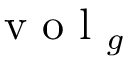
\mathrm { ~ v ~ o ~ l ~ } _ { g }